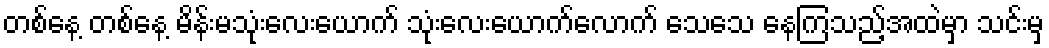
တစ်နေ့ တစ်နေ့ မိန်းမသုံးလေးယောက် သုံးလေးယောက်လောက် သေသေ နေကြသည့်အထဲမှာ သင်းမှ